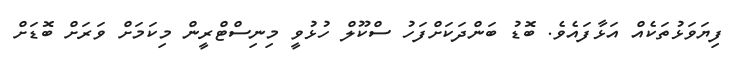
ފިޔަވަޅުތަކެއް އަޅާފައެވެ. ބޮޑު ބަންދަކަށްފަހު ސްކޫލް ހުޅުވީ މިނިސްޓްރީން މިކަމަށް ވަރަށް ބޮޑަށް